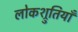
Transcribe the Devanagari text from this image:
लोकश्रुतियाँ